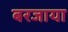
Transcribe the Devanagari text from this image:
बरजाया